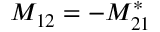
M _ { 1 2 } = - M _ { 2 1 } ^ { * }